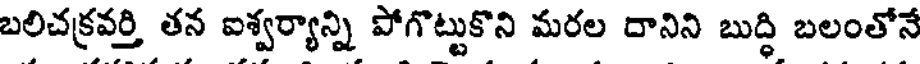
బలిచక్రవర్తి తన ఐశ్వర్యాన్ని పోగొట్టుకొని మరల దానిని బుద్ధి బలంతోనే